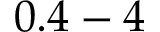
0 . 4 - 4